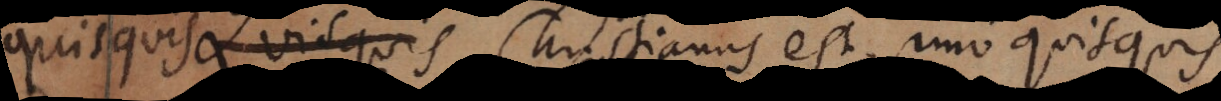
nam quisquis Christianus est, imo quisquis